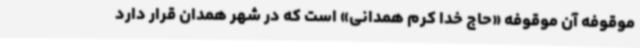
موقوفه آن موقوفه «حاج خدا کرم همدانی» است که در شهر همدان قرار دارد